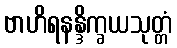
ဗာဟိရနန္ဒိက္ခယသုတ္တံ